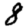
Digit: 8